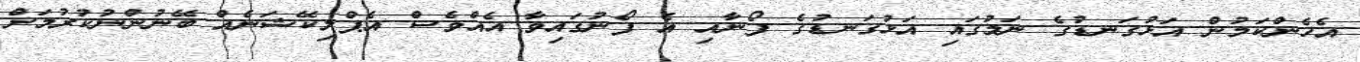
އެހެންކަމުން އަޅުގަނޑުގެ ނަމުގައި އަޅުގަނޑުގެ ފޯނާއި އެ ފޯނުގައިވާ އެއްވެސް އެޕްލިކޭޝަނެއް ބޭނުންނުކުރުމަށް